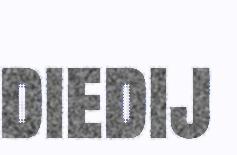
diedij